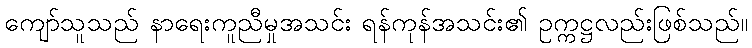
ကျော်သူသည် နာရေးကူညီမှုအသင်း ရန်ကုန်အသင်း၏ ဥက္ကဋ္ဌလည်းဖြစ်သည်။